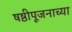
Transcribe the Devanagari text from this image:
षष्ठीपूजनाच्या